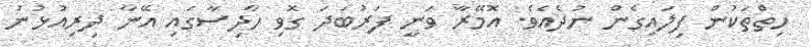
ހިތްތަކުން ފިލައިގެން ނުދެއެވެ. އޮމޭރާ ވަނީ ފަރުބަދަ ގޮވި ހާދިސާގައި އޭނާ ދިރިއުޅުނު